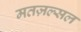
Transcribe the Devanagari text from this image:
मतज़ल्सल